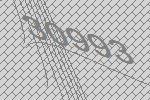
30993